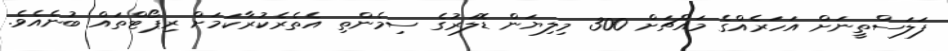
ފަލަސްތީނަށް އަހަރެއްގެ މައްޗަށް 300 މިލިޔަން ޑޮލަރުގެ ސިމެންތި އެތެރެކުރާކަމަށް ރިޕޯޓްތައް ބުނެއެވެ.